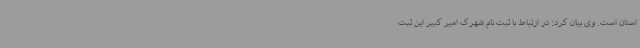
استان است. وی بیان کرد: در ارتباط با ثبت نام شهرک امیر کبیر این ثبت